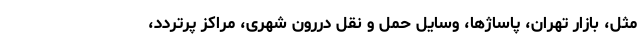
مثل، بازار تهران، پاساژها، وسایل حمل و نقل دررون شهری، مراکز پرتردد،